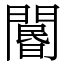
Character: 𨵽